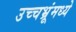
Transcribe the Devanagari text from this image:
उच्चभ्रूंमध्ये